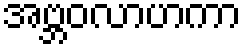
အဗ္ဘဝလာဟကာ